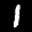
Label: 1